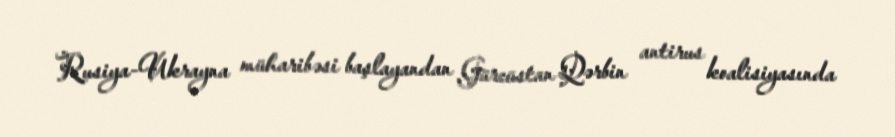
Rusiya-Ukrayna müharibəsi başlayandan Gürcüstan Qərbin antirus koalisiyasında